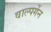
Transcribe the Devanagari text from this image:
वाल्पर्गेन